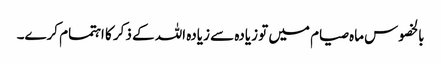
بالخصوس ماہ صیام میں تو زیادہ سے زیادہ اللہ کے ذکر کا اہتمام کرے۔